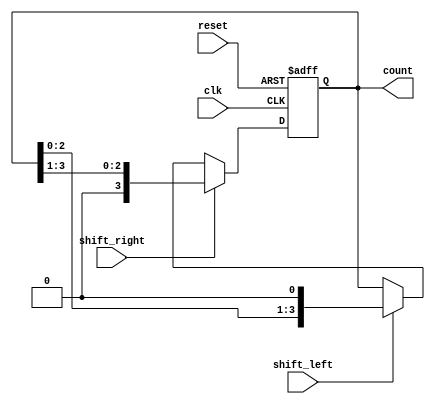
module async_shift_counter (
    input wire clk,          // Clock signal
    input wire reset,        // Asynchronous reset signal
    input wire shift_right,  // Control signal for shifting right
    input wire shift_left,   // Control signal for shifting left
    output reg [3:0] count   // 4-bit output count value
);

    // Initialize the count to zero on reset
    always @(posedge clk or posedge reset) begin
        if (reset) begin
            count <= 4'b0000;  // Reset count to zero
        end else begin
            if (shift_right) begin
                count <= {1'b0, count[3:1]}; // Shift right
            end else if (shift_left) begin
                count <= {count[2:0], 1'b0}; // Shift left
            end
            // Note: If neither shift_right nor shift_left is asserted, 
            // the count remains unchanged.
        end
    end

endmodule